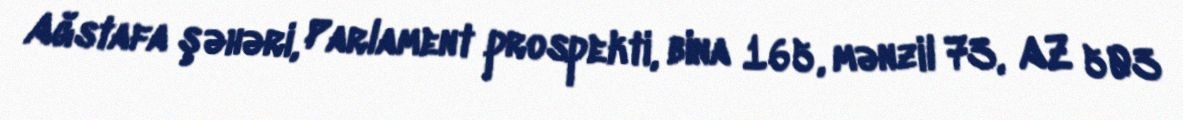
Ağstafa şəhəri, Parlament prospekti, bina 165, mənzil 73, AZ 503